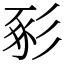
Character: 𢒔